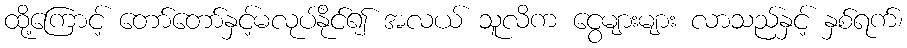
ထို့ကြောင့် တော်တော်နှင့်မလုပ်နိုင်၍ အလယ် သူလိက ငွေများများ လာသည်နှင့် နှစ်ရက်၊